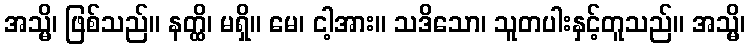
အသ္မိ၊ ဖြစ်သည်။ နတ္ထိ၊ မရှိ။ မေ၊ ငါ့အား။ သဒိသော၊ သူတပါးနှင့်တူသည်။ အသ္မိ၊